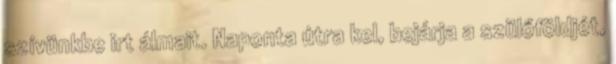
szívünkbe irt álmait. Naponta útra kel, bejárja a szülőföldjét,